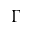
\Gamma